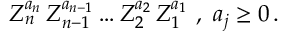
Z _ { n } ^ { a _ { n } } \, Z _ { n - 1 } ^ { a _ { n - 1 } } \ldots Z _ { 2 } ^ { a _ { 2 } } \, Z _ { 1 } ^ { a _ { 1 } } \ , \ a _ { j } \geq 0 \, .